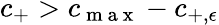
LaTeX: c_{+}>c_{\mathrm{~m~a~x~}}-c_{+,\epsilon}